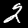
Digit: 2